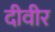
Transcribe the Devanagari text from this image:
दीवीर